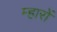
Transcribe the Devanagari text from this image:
म्हारों